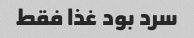
سرد بود غذا فقط